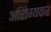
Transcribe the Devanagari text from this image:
आरोग्यकर